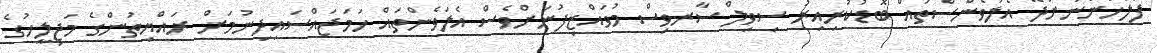
ފުލުހުންނަށްދޭ އެލަވެންސްތައް ބޮޑުކުރިއިރު ސިވިލް ސާރވިސް މުވައްޒިފުނަށްވެސް އެލަވެންތައް ހަމަޖައްސައިދިނުމަށް ރައްޔިތުންގެ މަޖިލީހުގެ